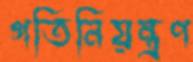
গতিনিয়ন্ত্রণ